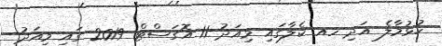
ހުޅުމާލެ އަދި ހއ ކެލާގައި މިއަދު 11 އޮގަސްޓް 2019 ގައި މިއަދު